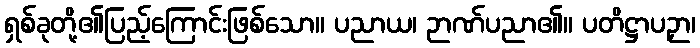
ရှစ်ခုတို့၏ပြည့်ကြောင်းဖြစ်သော။ ပညာယ၊ ဉာဏ်ပညာ၏။ ပတိဋ္ဌာပဉှာ၊